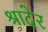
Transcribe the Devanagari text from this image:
श्रादेर